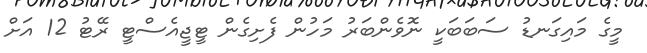
މީގެ މައިގަނޑު ސަބަބަކީ ނޮވެންބަރު މަހުން ފެށިގެން ޓީޖީއެސްޓީ ރޭޓު 12 އަށް